Annual administration report of the Civil Veterinary Department of India - 1898-1899
Year: 1898
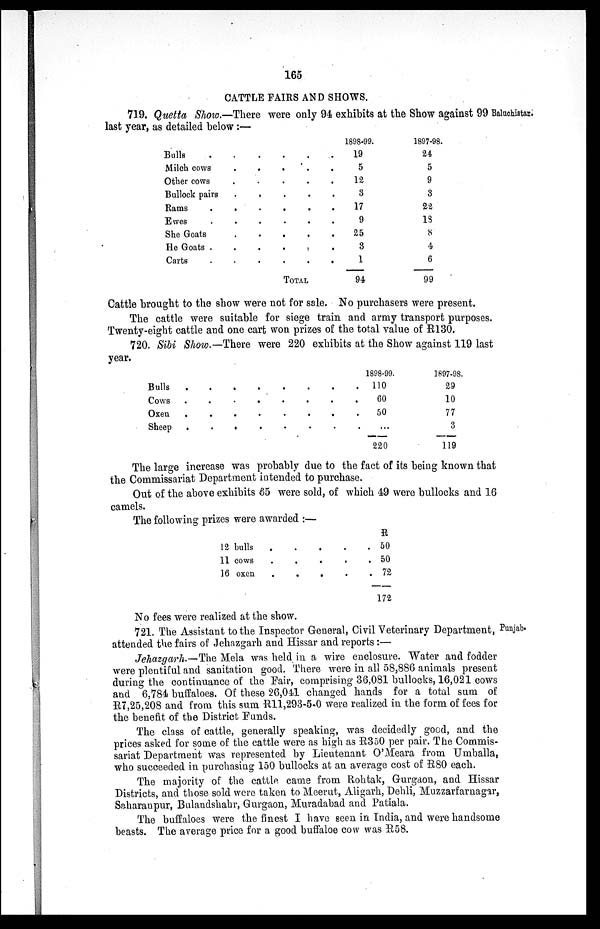
165
CATTLE FAIRS AND SHOWS.
719. Quetta Show.—There were only 94 exhibits at the Show against 99 Baluchistan.
last year, as detailed below :—
Bulls . . . . . . .
Milch cows . . . . . .
Other cows . . . . . .
Bullock pairs . . . . . .
Rams . . . . . . .
Ewes . . . . . .
She Goats . . . . . .
He Goats . . . . . . .
Carts . . . . . .
TOTAL
1898-99.
19
5
12
3
17
9
25
3
1
94
1897-98.
24
5
9
3
22
13
8
4
6
99
Cattle brought to the show were not for sale. No purchasers were present.
The cattle were suitable for siege train and army transport purposes.
Twenty-eight cattle and one cart won prizes of the total value of R130.
720. Sibi Show.— There were 220 exhibits at the Show against 119 last
year.
Bulls . . . . . . . .
Cows . . . . . . . .
Oxen . . . . . . . .
Sheep . . . . . . . .
1898-99.
110
60
50
...
220
1897-98.
29
10
77
3
119
The large increase was probably due to the fact of its being known that
the Commissariat Department intended to purchase.
Out of the above exhibits 65 were sold, of which 49 were bullocks and 16
camels.
The following prizes were awarded :—
12 bulls . . . . . . . .
11 cows . . . . . . . .
16 oxen . . . . . . . .
R
50
50
72
172
No fees were realized at the show.
Punjab.
721. The Assistant to the Inspector General, Civil Veterinary Department,
attended the fairs of Jehazgarh and Hissar and reports :—
Jehazgarh.—The Mela was held in a wire enclosure. Water and fodder
were plentiful and sanitation good. There were in all 58,886 animals present
during the continuance of the Fair, comprising 36,081 bullocks, 16,021 cows
and 6,784 buffaloes. Of these 26,041 changed hands for a total sum of
R7,25,208 and from this sum R11,293-5-0 were realized in the form of fees for
the benefit of the District Funds.
The class of cattle, generally speaking, was decidedly good, and the
prices asked for some of the cattle were as high as R350 per pair. The Commis-
sariat Department was represented by Lieutenant O'Meara from Umballa,
who succeeded in purchasing 150 bullocks at an average cost of R80 each.
The majority of the cattle came from Rohtak, Gurgaon, and Hissar
Districts, and those sold were taken to Meerut, Aligarh, Dehli, Muzzarfarnagar,
Saharanpur, Bulandshahr, Gurgaon, Muradabad and Patiala.
The buffaloes were the finest I have seen in India, and were handsome
beasts. The average price for a good buffaloe cow was R58.